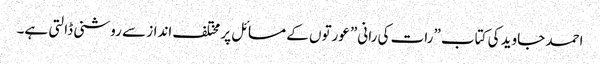
احمد جاوید کی کتاب ”رات کی رانی” عورتوں کے مسائل پر مختلف انداز سے روشنی ڈالتی ہے۔